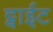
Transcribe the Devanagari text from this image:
ट्वाईट